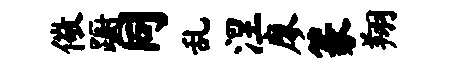
儆蹰同乱涅廖篆翔